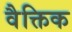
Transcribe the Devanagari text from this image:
वैक्तिक